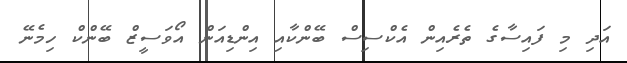
އަދި މި ފައިސާގެ ތެރެއިން އެކްސިސް ބޭންކާއި އިންޑިއަން އޯވަސީޒް ބޭންކް ހިމެނޭ